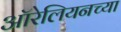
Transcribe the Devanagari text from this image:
ऑरेलियनच्या